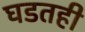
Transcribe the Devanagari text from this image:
घडतही